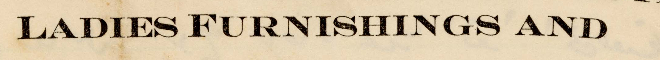
LADIES FURNISHINGS AND